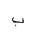
Letter: _ba